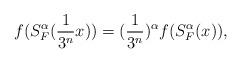
LaTeX: \begin{align*} f(S_{F}^{\alpha}(\frac{1}{3^n} x))=(\frac{1}{3^n})^{\alpha}f(S_{F}^{\alpha}(x)),\end{align*}